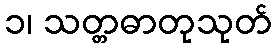
၁၊ သတ္တဓာတုသုတ်